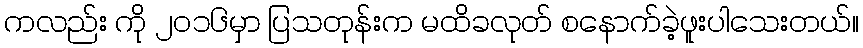
ကလည်း ကို ၂၀၁၆မှာ ပြသတုန်းက မထိခလုတ် စနောက်ခဲ့ဖူးပါသေးတယ်။